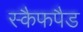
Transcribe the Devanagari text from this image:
स्कैफपैड